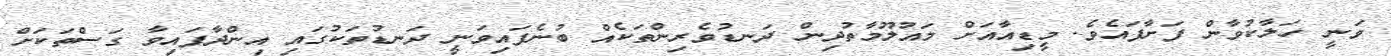
ވަނީ ހަލާކުވާން ފަށާފައެވެ. މީޑިއާއަށް މައުލޫމާތުދިން ދަނޑުވެރިންތަކެއް ބުނެފައިވަނީ ދަނޑުތަކުގައި އިންދާފައިވާ ގަސްތަކަށް